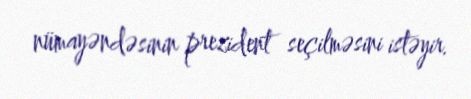
nümayəndəsinin prezident seçilməsini istəyir.